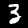
Digit: 3